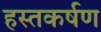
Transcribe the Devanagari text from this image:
हस्तकर्षण